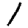
Digit: 1